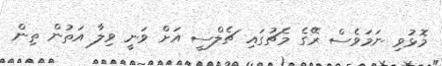
މޮޅުވި ނަމަވެސް ރޭގެ މެޗުގައި ޗެލްސީ އަށް ވަނީ ވިލާ އަތުން ތިން